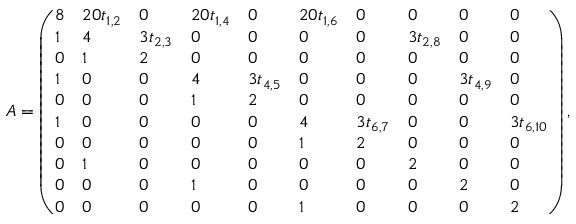
A = \left( \begin{array} { l l l l l l l l l l } { 8 } & { 2 0 t _ { 1 , 2 } } & { 0 } & { 2 0 t _ { 1 , 4 } } & { 0 } & { 2 0 t _ { 1 , 6 } } & { 0 } & { 0 } & { 0 } & { 0 } \\ { 1 } & { 4 } & { 3 t _ { 2 , 3 } } & { 0 } & { 0 } & { 0 } & { 0 } & { 3 t _ { 2 , 8 } } & { 0 } & { 0 } \\ { 0 } & { 1 } & { 2 } & { 0 } & { 0 } & { 0 } & { 0 } & { 0 } & { 0 } & { 0 } \\ { 1 } & { 0 } & { 0 } & { 4 } & { 3 t _ { 4 , 5 } } & { 0 } & { 0 } & { 0 } & { 3 t _ { 4 , 9 } } & { 0 } \\ { 0 } & { 0 } & { 0 } & { 1 } & { 2 } & { 0 } & { 0 } & { 0 } & { 0 } & { 0 } \\ { 1 } & { 0 } & { 0 } & { 0 } & { 0 } & { 4 } & { 3 t _ { 6 , 7 } } & { 0 } & { 0 } & { 3 t _ { 6 , 1 0 } } \\ { 0 } & { 0 } & { 0 } & { 0 } & { 0 } & { 1 } & { 2 } & { 0 } & { 0 } & { 0 } \\ { 0 } & { 1 } & { 0 } & { 0 } & { 0 } & { 0 } & { 0 } & { 2 } & { 0 } & { 0 } \\ { 0 } & { 0 } & { 0 } & { 1 } & { 0 } & { 0 } & { 0 } & { 0 } & { 2 } & { 0 } \\ { 0 } & { 0 } & { 0 } & { 0 } & { 0 } & { 1 } & { 0 } & { 0 } & { 0 } & { 2 } \end{array} \right) ,